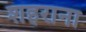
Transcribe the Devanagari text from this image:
शहराना